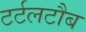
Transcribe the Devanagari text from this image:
टर्टलटौब